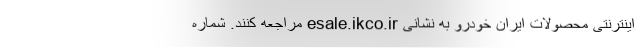
اینترنتی محصولات ایران خودرو به نشانی esale.ikco.ir مراجعه کنند. شماره